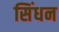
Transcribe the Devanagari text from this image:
सिंधन